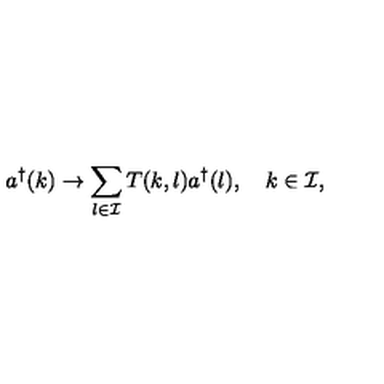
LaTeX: a ^ { \dagger } ( k ) \to \sum _ { l \in { \cal I } } T ( k , l ) a ^ { \dagger } ( l ) , \quad k \in { \cal I } ,